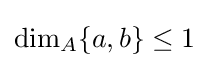
{\text{dim}}_{A}\{a,b\}\leq 1